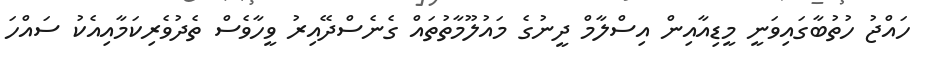
ހައްޖު ހުތުބާގައިވަނީ މީޑިއާއިން އިސްލާމް ދީނުގެ މައުލޫމާތުތައް ގެނެސްދޭއިރު ވީހާވެސް ތެދުވެރިކަމާއިއެކު ސައްހަ